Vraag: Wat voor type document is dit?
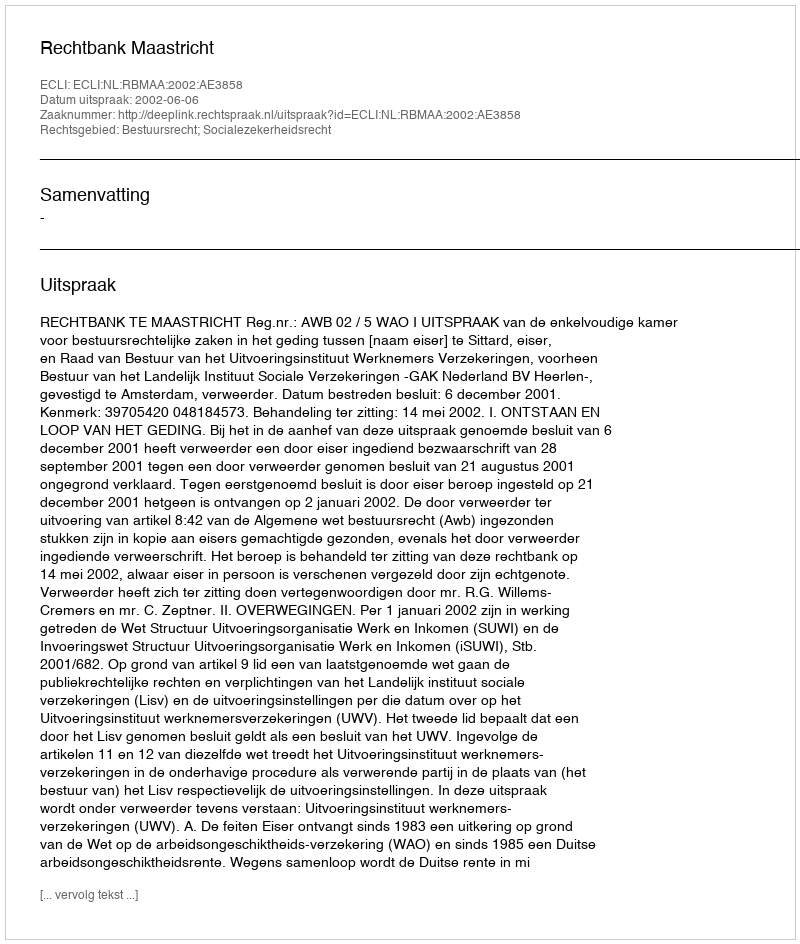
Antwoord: Uitspraak